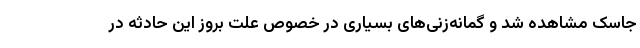
جاسک مشاهده شد و گمانه‌زنی‌های بسیاری در خصوص علت بروز این حادثه در